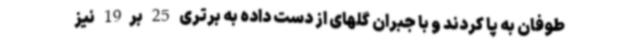
طوفان به پا کردند و با جبران گلهای از دست داده به برتری 25 بر19 نیز